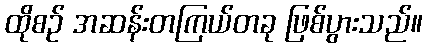
ထိုစဉ် အဆန်းတကြယ်တခု ဖြစ်ပွားသည်။